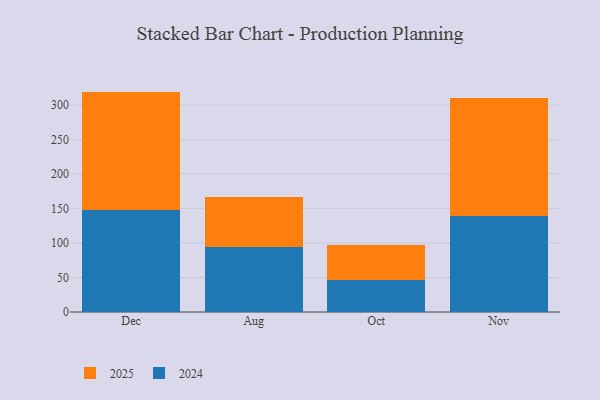
{"axis": {"x": "Month", "y": "Churn Rate (%)"}, "legend": ["2024", "2025"], "data": [{"x": "Dec", "y": 172.4, "type": "2025"}, {"x": "Dec", "y": 147.3, "type": "2024"}, {"x": "Aug", "y": 72.0, "type": "2025"}, {"x": "Aug", "y": 95.0, "type": "2024"}, {"x": "Oct", "y": 51.1, "type": "2025"}, {"x": "Oct", "y": 46.4, "type": "2024"}, {"x": "Nov", "y": 172.5, "type": "2025"}, {"x": "Nov", "y": 138.6, "type": "2024"}]}